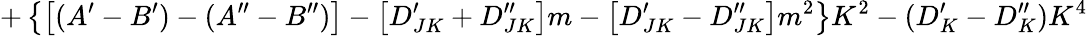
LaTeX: +\left\{ \left[(A^{\prime}-B^{\prime})-(A^{\prime\prime}-B^{\prime\prime})\right]-\left[D_{JK}^{\prime}+D_{JK}^{\prime\prime}\right]m-\left[D_{JK}^{\prime}-D_{JK}^{\prime\prime}\right]m^{2}\right\} K^{2}-(D_{K}^{\prime}-D_{K}^{\prime\prime})K^{4}